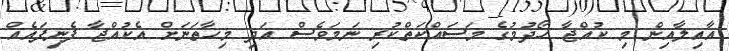
އާއިލާއިން މި ކުއްޖާ ހޯދުމުގެ މަސައްކަތްކުރި ނަމަވެސް އަދި މިހާތަނަށް އެކުއްޖާ ފެނިފައެއް